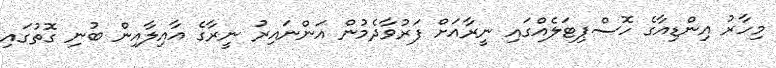
މިހާރު އިންޑިއާގެ ހޮސްޕިޓަލެއްގައި ނީރާއަށް ފަރުވާދެމުން އަންނައިރު ނީރާގެ އާއިލާއިން ބުނި ގޮތުގައި